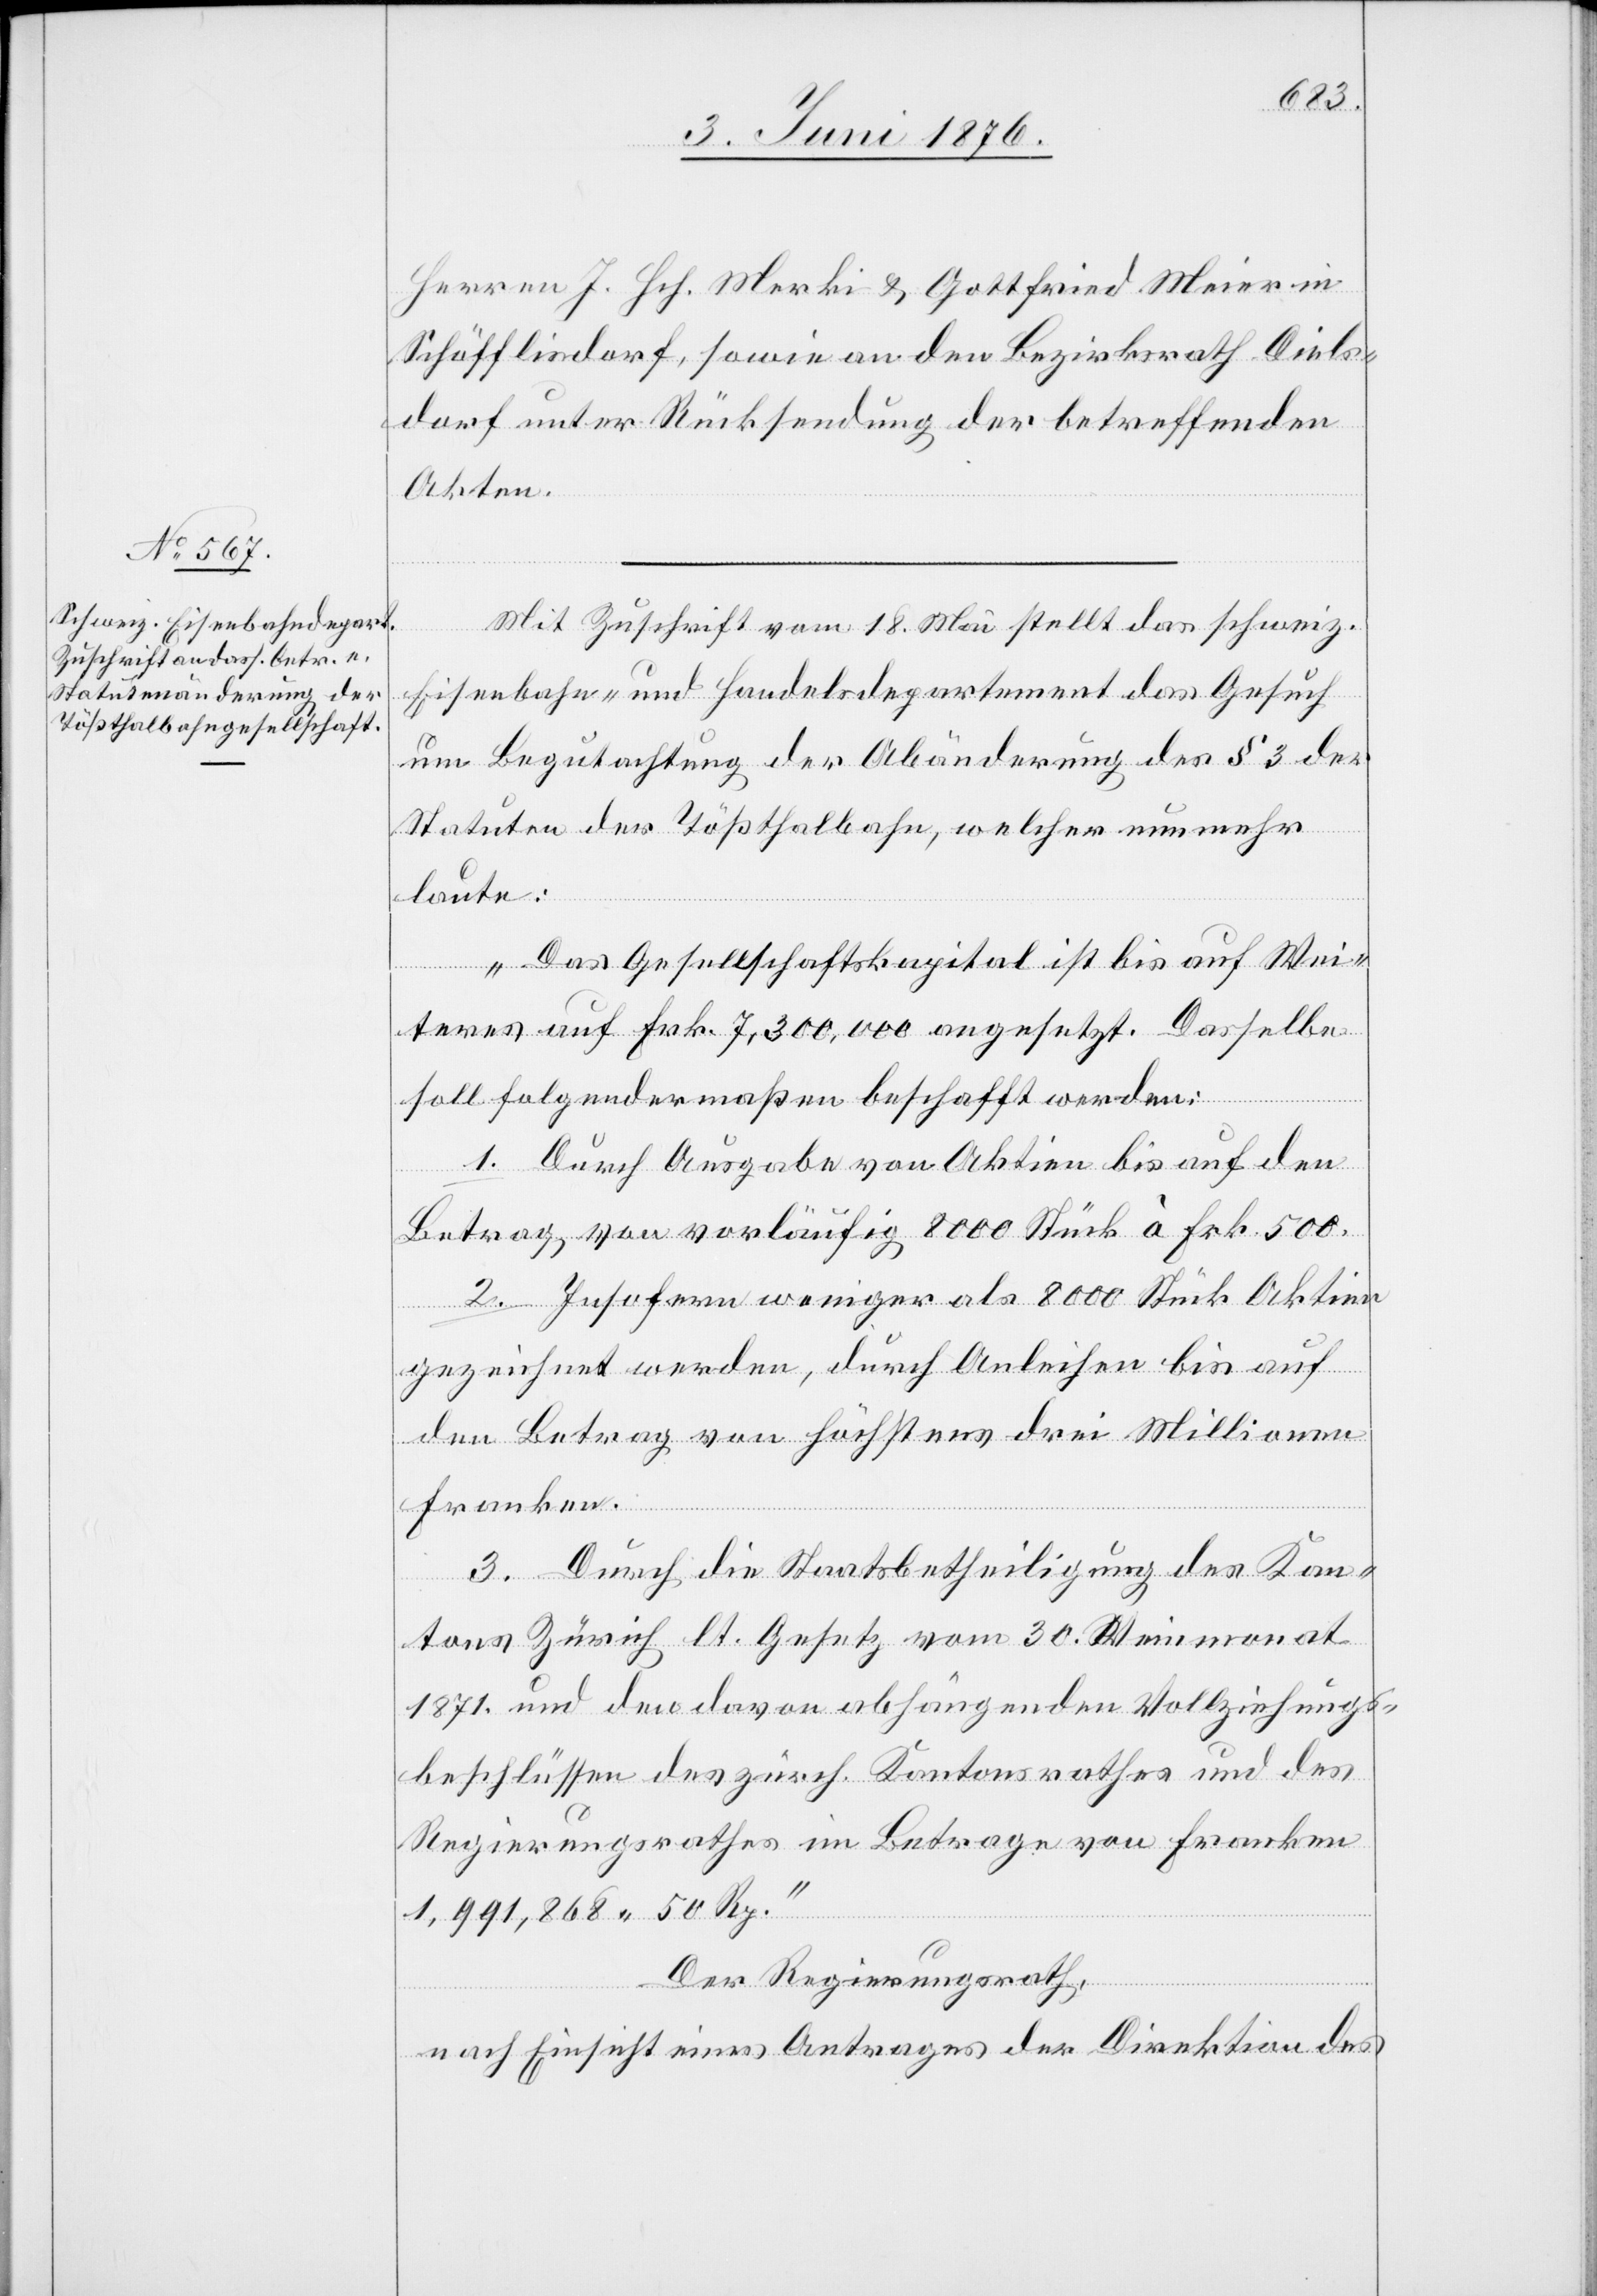
Herren J. Hch. Merki & Gottfried Meier in
Schöfflisdorf, sowie an den Bezirksrath Diels¬
dorf unter Rücksendung der betreffenden
Akten.
Mit Zuschrift vom 18. Mai stellt das schweiz.
Eisenbahn- und Handelsdepartement das Gesuch
um Begutachtung der Abänderung des § 3 der
Statuten der Tößthalbahn, welcher nunmehr
laute:
„Das Gesellschaftskapital ist bis auf Wei¬
teres auf Frk. 7,300,000 angesetzt. Dasselbe
soll folgendermaßen beschafft werden:
1. Durch Ausgabe von Aktien bis auf den
Betrag, von vorläufig 8000 Stück à Frk. 500.
2. Insofern weniger als 8000 Stück Aktien
gezeichnet werden, durch Anleihen bis auf
den Betrag von höchstens drei Millionen
Franken.
3. Durch die Staatsbetheiligung des Kan¬
tons Zürich lt. Gesetz von 30. Weinmonat
1871 und den davon abhängenden Vollziehungs¬
beschlüssen des zürch. Kantonsrathes und des
Regierungsrathes im Betrage von Franken
1,991,868 50 Rp.“
Der Regierungsrath,
nach Einsicht eines Antrages der Direktion des